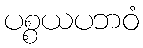
ပစ္စယပဘဝံ